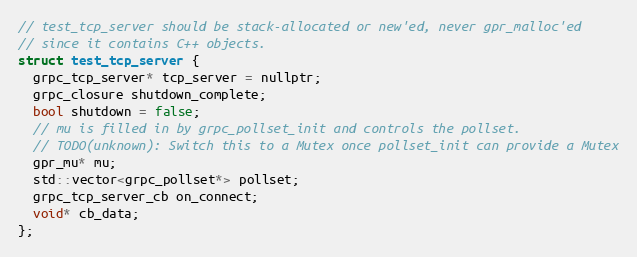
Language: C
// test_tcp_server should be stack-allocated or new'ed, never gpr_malloc'ed
// since it contains C++ objects.
struct test_tcp_server {
  grpc_tcp_server* tcp_server = nullptr;
  grpc_closure shutdown_complete;
  bool shutdown = false;
  // mu is filled in by grpc_pollset_init and controls the pollset.
  // TODO(unknown): Switch this to a Mutex once pollset_init can provide a Mutex
  gpr_mu* mu;
  std::vector<grpc_pollset*> pollset;
  grpc_tcp_server_cb on_connect;
  void* cb_data;
};